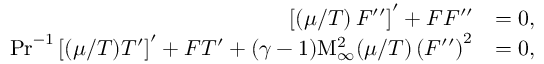
\begin{array} { r l } { \left[ \left( \mu / T \right) F ^ { \prime \prime } \right] ^ { \prime } + F F ^ { \prime \prime } } & { = 0 , } \\ { \mathrm { P r } ^ { - 1 } \left[ ( \mu / T ) T ^ { \prime } \right] ^ { \prime } + F T ^ { \prime } + ( \gamma - 1 ) \mathrm { M } _ { \infty } ^ { 2 } ( \mu / T ) \left( F ^ { \prime \prime } \right) ^ { 2 } } & { = 0 , } \end{array}